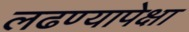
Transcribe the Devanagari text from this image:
लढण्यापेक्षा